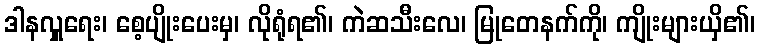
ဒါနလှူရေး၊ စေ့ပျိုးပေးမှ၊ လိုရုံရ၏၊ ကဲဆသီးလေ၊ မြုတေနက်ကို၊ ကျိုးများယှိ၏၊